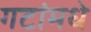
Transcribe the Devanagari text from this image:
गटांमधे